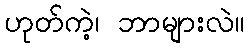
ဟုတ်ကဲ့၊ ဘာများလဲ။